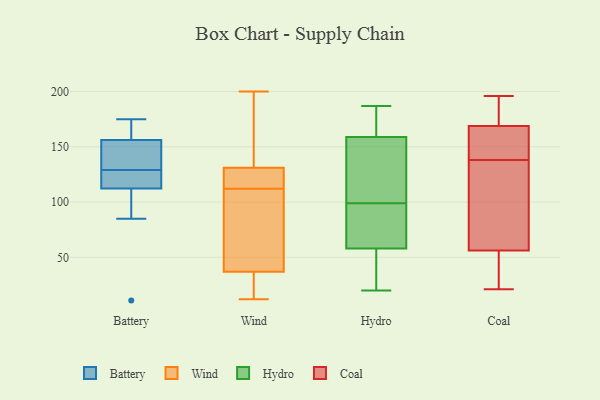
{"axis": {"x": "Website Visitors", "y": "Value"}, "legend": ["Battery", "Coal", "Hydro", "Wind"], "data": [{"x": "", "y": 175, "type": "Battery"}, {"x": "", "y": 85, "type": "Battery"}, {"x": "", "y": 170, "type": "Battery"}, {"x": "", "y": 151, "type": "Battery"}, {"x": "", "y": 158, "type": "Battery"}, {"x": "", "y": 110, "type": "Battery"}, {"x": "", "y": 122, "type": "Battery"}, {"x": "", "y": 129, "type": "Battery"}, {"x": "", "y": 11, "type": "Battery"}, {"x": "", "y": 139, "type": "Battery"}, {"x": "", "y": 119, "type": "Battery"}, {"x": "", "y": 43, "type": "Wind"}, {"x": "", "y": 111, "type": "Wind"}, {"x": "", "y": 132, "type": "Wind"}, {"x": "", "y": 137, "type": "Wind"}, {"x": "", "y": 133, "type": "Wind"}, {"x": "", "y": 112, "type": "Wind"}, {"x": "", "y": 119, "type": "Wind"}, {"x": "", "y": 128, "type": "Wind"}, {"x": "", "y": 46, "type": "Wind"}, {"x": "", "y": 12, "type": "Wind"}, {"x": "", "y": 77, "type": "Wind"}, {"x": "", "y": 165, "type": "Wind"}, {"x": "", "y": 28, "type": "Wind"}, {"x": "", "y": 18, "type": "Wind"}, {"x": "", "y": 200, "type": "Wind"}, {"x": "", "y": 114, "type": "Wind"}, {"x": "", "y": 35, "type": "Wind"}, {"x": "", "y": 24, "type": "Wind"}, {"x": "", "y": 116, "type": "Wind"}, {"x": "", "y": 159, "type": "Hydro"}, {"x": "", "y": 120, "type": "Hydro"}, {"x": "", "y": 62, "type": "Hydro"}, {"x": "", "y": 20, "type": "Hydro"}, {"x": "", "y": 133, "type": "Hydro"}, {"x": "", "y": 165, "type": "Hydro"}, {"x": "", "y": 104, "type": "Hydro"}, {"x": "", "y": 58, "type": "Hydro"}, {"x": "", "y": 30, "type": "Hydro"}, {"x": "", "y": 94, "type": "Hydro"}, {"x": "", "y": 41, "type": "Hydro"}, {"x": "", "y": 65, "type": "Hydro"}, {"x": "", "y": 74, "type": "Hydro"}, {"x": "", "y": 187, "type": "Hydro"}, {"x": "", "y": 170, "type": "Hydro"}, {"x": "", "y": 40, "type": "Hydro"}, {"x": "", "y": 177, "type": "Hydro"}, {"x": "", "y": 121, "type": "Hydro"}, {"x": "", "y": 162, "type": "Coal"}, {"x": "", "y": 164, "type": "Coal"}, {"x": "", "y": 108, "type": "Coal"}, {"x": "", "y": 132, "type": "Coal"}, {"x": "", "y": 36, "type": "Coal"}, {"x": "", "y": 159, "type": "Coal"}, {"x": "", "y": 196, "type": "Coal"}, {"x": "", "y": 59, "type": "Coal"}, {"x": "", "y": 41, "type": "Coal"}, {"x": "", "y": 188, "type": "Coal"}, {"x": "", "y": 21, "type": "Coal"}, {"x": "", "y": 72, "type": "Coal"}, {"x": "", "y": 183, "type": "Coal"}, {"x": "", "y": 188, "type": "Coal"}, {"x": "", "y": 48, "type": "Coal"}, {"x": "", "y": 138, "type": "Coal"}, {"x": "", "y": 162, "type": "Coal"}]}